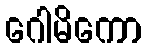
ဂေါမိကော